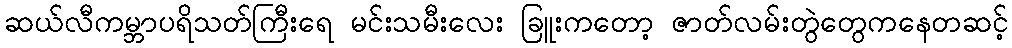
ဆယ်လီကမ္ဘာပရိသတ်ကြီးရေ မင်းသမီးလေး ခြူးကတော့ ဇာတ်လမ်းတွဲတွေကနေတဆင့်